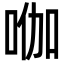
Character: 𭇿